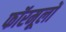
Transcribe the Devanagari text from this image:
फॉरमूलों